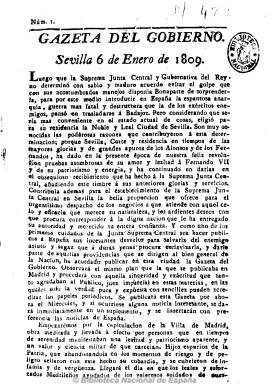
Título: Gazeta del Gobierno (Sevilla)
Otros títulos: Gaceta del Gobierno
Colección: Gacetas
Ámbito geográfico: Sevilla
Lugar de publicación: Sevilla
Fechas: 06/01/1809-08/08/1809

Al llegar a Sevilla a refugiarse, la Junta Central Gubernativa del Reino empezará a publicar este periódico, el 6 de enero de 1809, en sustitución de la Gazeta de Madrid, que había quedado en manos de las nuevas autoridades francesas. Como órgano oficial de la misma y con periodicidad algo irregular, entre uno y tres días a la semana, incluirá una amplia información bélica de toda Europa, así como noticias de las operaciones militares y patrióticas que se suceden en las diferentes provincias españolas contra el ejército napoleónico, además de las alocuciones, bandos, proclamas, edictos, etc., que emanan del órgano supremo político de la España en guerra contra el ejército imperial bonapartista, así como su composición territorial y orgánica, y partes militares, cartas y otros documentos emitidos desde las diversas juntas provinciales o que son interceptados al enemigo. También incluirá en ocasiones algunas noticias particulares.

Generalmente en números de ocho páginas, que disminuye o aumenta, hasta alcanzar a veces la veintena, al principio aparece estampada en la “Imprenta de la calle del Mar”, para después cambiar el pie a Real Imprenta de la Gazeta. Publica numerosos suplementos y extraordinarios.

Antonio Capmany y Montpalau fue su primer director, que será sustituido por el liberal Isidoro Antillón, siendo censor el también liberal José Manuel Quintana. Entre sus redactores se encuentra los asimismo liberales Alberto Lista y Justino Matute, que lo habían sido de la Gazeta militar de Sevilla, así como Manuel Ramajo.

La Gazeta del Gobierno cesa de publicarse en Sevilla el 23 de enero de 1810, al marchar a refugiarse en Cádiz la Junta Central, en donde a partir del 13 de marzo de este año comenzará a editar la Gazeta de la Regencia. Mientras tanto, en febrero las tropas napoleónicas habían llegado a Sevilla.